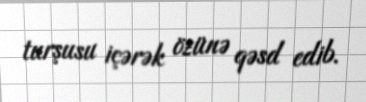
turşusu içərək özünə qəsd edib.